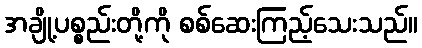
အချို့ပစ္စည်းတို့ကို စစ်ဆေးကြည့်သေးသည်။